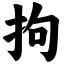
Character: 拘